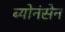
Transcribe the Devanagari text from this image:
ब्योनंसेन